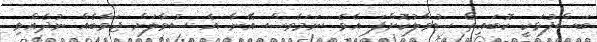
ބަސްފުޅަކީ ކޮބައިތޯ ސުވާލުކޮށްފަ އެވެ. ނަމަވެސް އޭނާ އެ ސުވާލަށް ޖަވާބެއް ނުދެއްވި